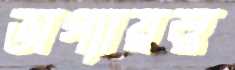
ভাগ্যায়ত্ত